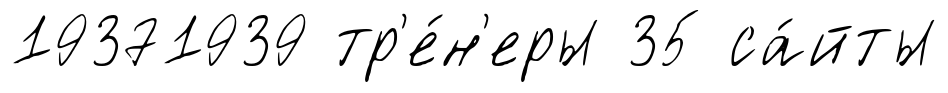
19371939 тр'е́н'еры 35 са́йты